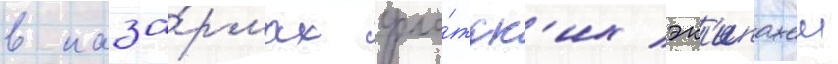
в каза́рмах фло́тск'их эк'ипажеи